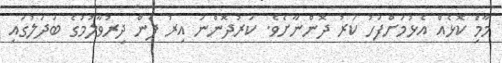
މާމުެި ކޮޅެއް އެޅުމަށްފަހު ކަރު ދޮންނާށެވެ. ކަރުދޮންނަ އިރު ފެން ދިރުވާލުމުގެ ބަދަލުގައި